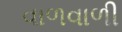
વાળવાળી